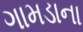
ગામડાના